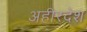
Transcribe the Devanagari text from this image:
अहीरदेश